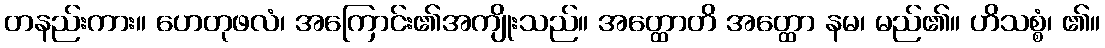
တနည်းကား။ ဟေတုဖလံ၊ အကြောင်း၏အကျိုးသည်။ အတ္ထောတိ အတ္ထော နမ၊ မည်၏။ ဟိသစ္စံ၊ ၏။